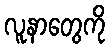
လူနာတွေကို